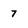
Character: 7